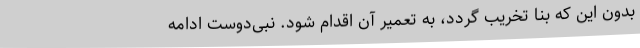
بدون این که بنا تخریب گردد، به تعمیر آن اقدام شود. نبی‌دوست ادامه